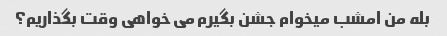
بله من امشب میخوام جشن بگیرم می خواهی وقت بگذاریم؟